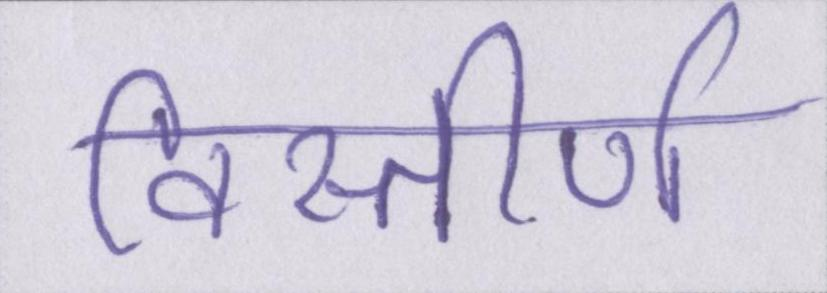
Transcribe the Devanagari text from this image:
विस्तीर्ण